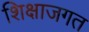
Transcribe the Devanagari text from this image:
शिक्षाजगत